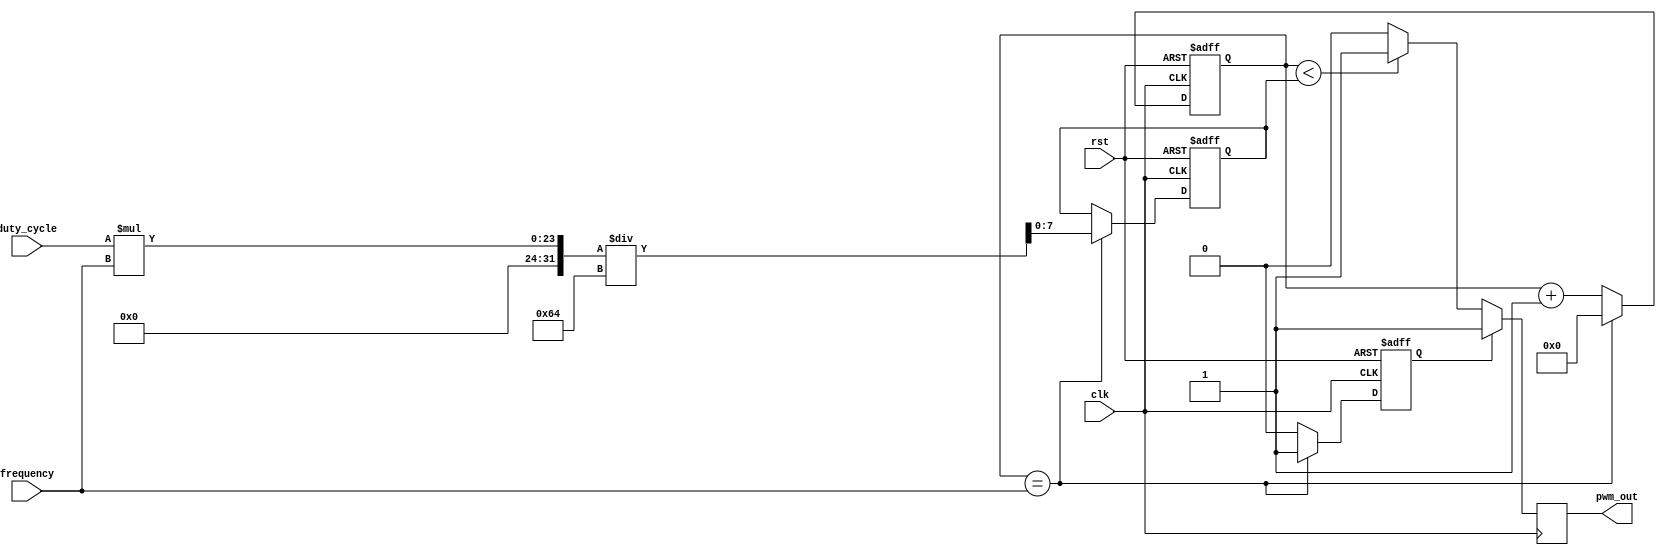
module PWM_Pulse_Generator (
    input wire clk, // Clock input signal
    input wire rst, // Reset signal
    input wire [7:0] duty_cycle, // User-defined duty cycle
    input wire [15:0] frequency, // User-defined frequency
    
    output reg pwm_out // PWM output signal
);

reg [15:0] counter;
reg [7:0] pulse_width;
reg sync_enable;

always @ (posedge clk or posedge rst) begin
    if (rst) begin
        counter <= 16'd0;
        pulse_width <= 8'd0;
        sync_enable <= 1'b0;
    end else begin
        counter <= counter + 1;
        if (counter == frequency) begin
            counter <= 16'd0;
            sync_enable <= 1'b1;
            pulse_width <= duty_cycle * frequency / 100;
        end else begin
            sync_enable <= 1'b0;
        end
    end
end

always @ (posedge clk) begin
    if (sync_enable) begin
        pwm_out <= 1'b1;
    end else if (counter < pulse_width) begin
        pwm_out <= 1'b1;
    end else begin
        pwm_out <= 1'b0;
    end
end

endmodule